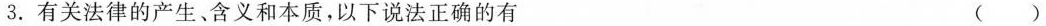
3.有关法律的产生、含义和本质，以下说法正确的有 ()